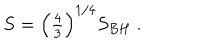
S = \left( { \textstyle { \frac { 4 } { 3 } } } \right) ^ { 1 / 4 } S _ { B H } \ .